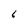
Character: 6